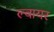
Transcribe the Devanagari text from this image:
ल्वायर